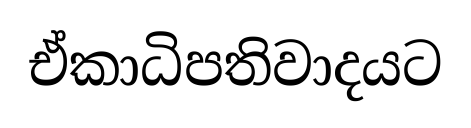
ඒකාධිපතිවාදයට